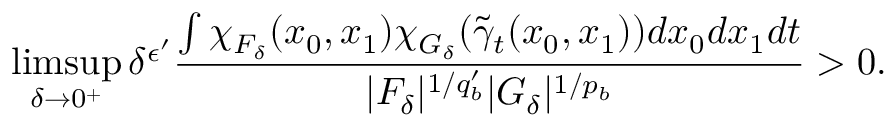
\operatorname* { l i m s u p } _ { \delta \rightarrow 0 ^ { + } } \delta ^ { \epsilon ^ { \prime } } \frac { \int \chi _ { F _ { \delta } } ( x _ { 0 } , x _ { 1 } ) \chi _ { G _ { \delta } } ( \tilde { \gamma } _ { t } ( x _ { 0 } , x _ { 1 } ) ) d x _ { 0 } d x _ { 1 } d t } { | F _ { \delta } | ^ { 1 / q _ { b } ^ { \prime } } | G _ { \delta } | ^ { 1 / p _ { b } } } > 0 .